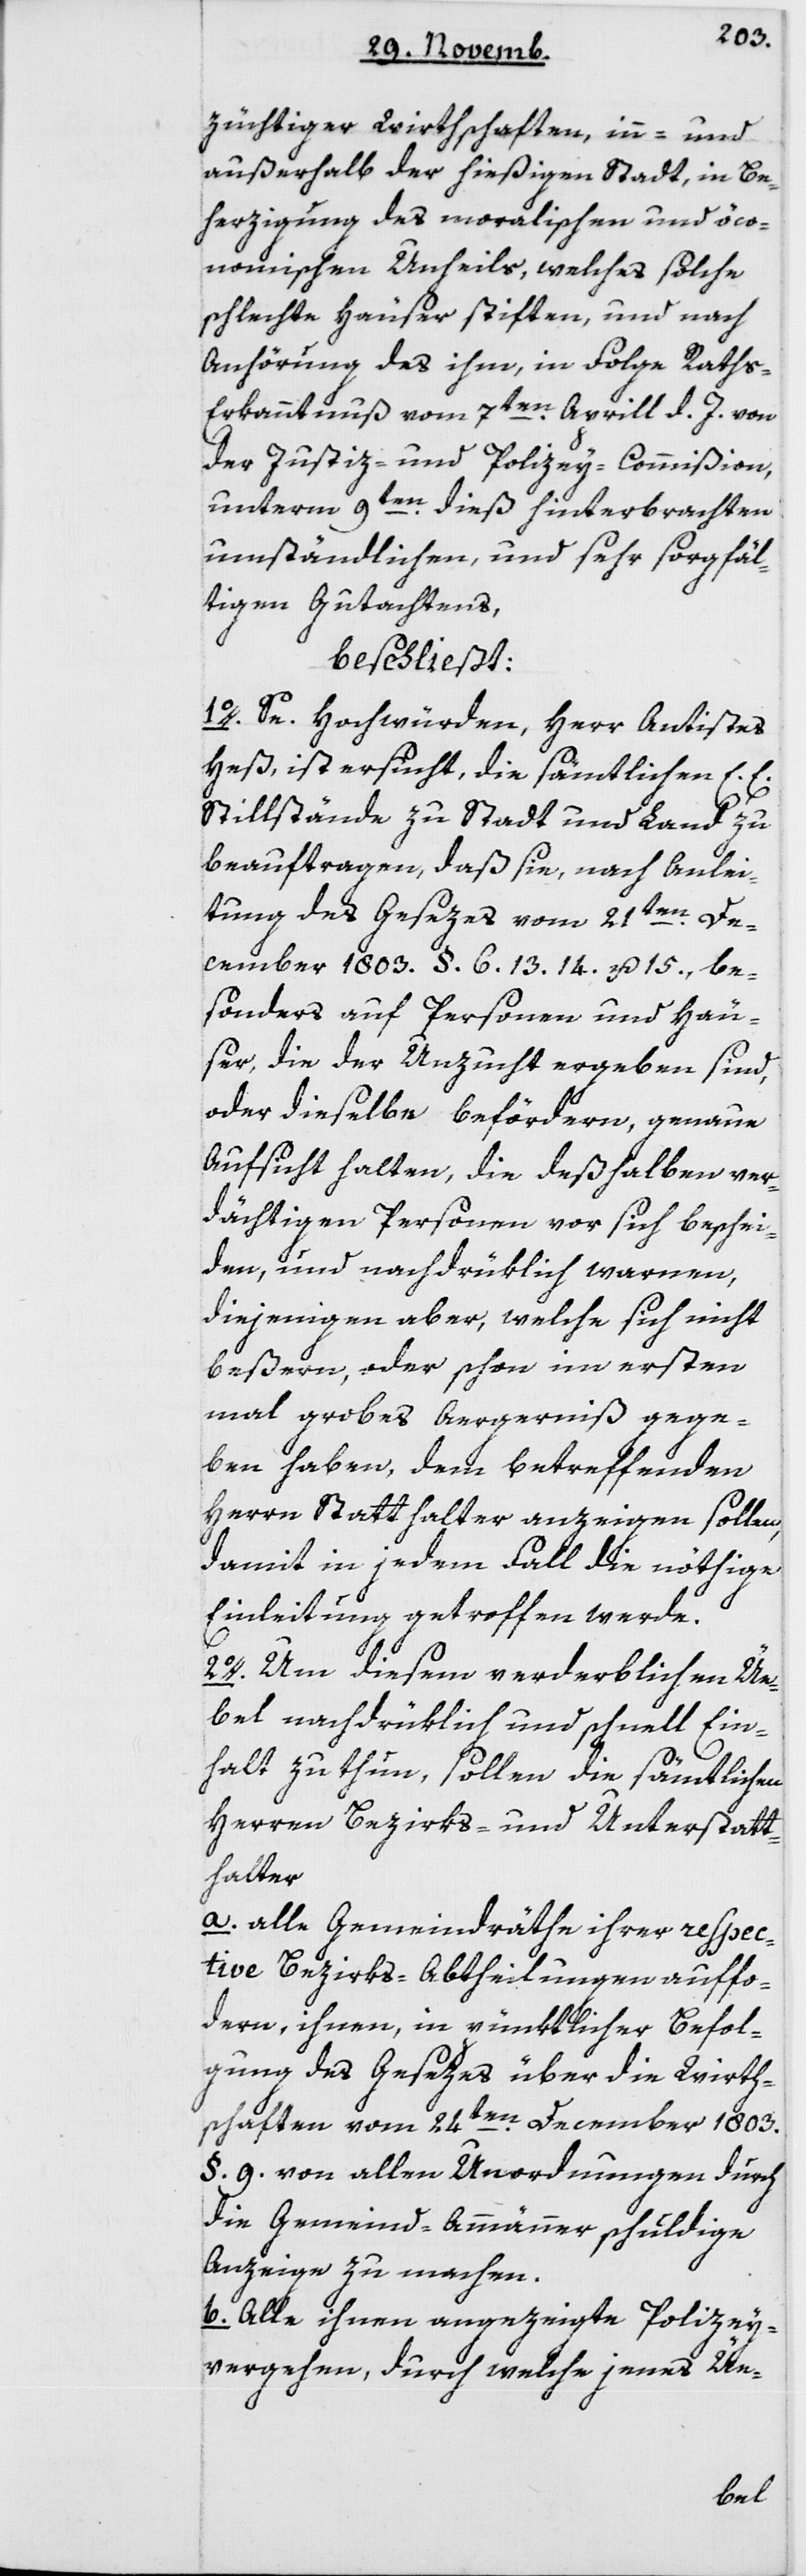
züchtiger Wirthschaften, in- und
außerhalb der hießigen Stadt, in Be¬
herzigung des moralischen und öco¬
nomischen Unheils, welches solche
schlechte Häuser stiften und nach
Anhörung des ihm, in Folge Rath¬
s-Erkanntnuß vom 7ten Aprill d. J. von
der Justiz- und Polizey-Commißion ,
unterm 9ten dieß hinterbrachten
umständlichen und sehr sorgfäl¬
tigen Gutachtens,
beschließt:
1. Se Hochwürden, Herr Antistes
Heß ist ersucht, die sämtlichen E. E.
Stillstände zu Stadt und Land zu
beauftragen, daß sie, nach Anlei¬
tung des Gesezes vom 21ten De¬
cember 1803, § 6. 13. 14 u.15. be¬
sonders auf Personen und Häu¬
ser, die der Unzucht ergeben sind,
oder dieselbe befördern, genaue
Aufsicht halten, die deßhalben ver¬
dächtigen Personen vor sich beschei¬
den, und nachdrüklich warnen,
diejenigen aber, welche sich nicht
beßern, oder schon im ersten
mal grobes Aergernis gege¬
ben haben, dem betreffenden
Herrn Statthalter anzeigen sollen,
damit in jedem Fall die nöthige
Einleitung getroffen werde.
2. Um diesem verderblichen Üe¬
bel nachdrüklich und schnell Ein¬
halt zu thun, sollen die sämtlichen
Herren Bezirks- und Unterstatt¬
halter
a alle Gemeindräthe ihrer respec¬
tive Bezirks-Abtheilungen auffor¬
dern, ihnen, in pünktlicher Befol¬
gung des Gesezes über die Wirth¬
schaften vom 24ten December 1803
§ 9 von allen Unordnungen durch
die Gemeind-Ammänner schuldige
Anzeige zu machen.
b Alle ihnen angezeigte Polizey¬
vergehen, durch welche jenes Üe-